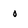
Character: O